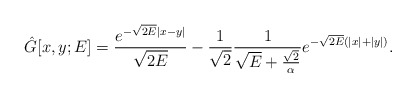
\begin{align*}\hat{G}[x, y; E] = \frac{e^{-\sqrt{2E} |x - y|}}{\sqrt{2E}}- \frac{1}{\sqrt{2}}\frac{1}{\sqrt{E} + \frac{\sqrt{2}}{\alpha}}e^{-\sqrt{2E} (|x| + |y|)}.\end{align*}